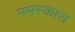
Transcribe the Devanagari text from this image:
नमस्कारा